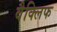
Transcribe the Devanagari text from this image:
वैक्लिफ